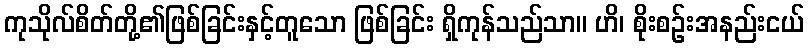
ကုသိုလ်စိတ်တို့၏ဖြစ်ခြင်းနှင့်တူသော ဖြစ်ခြင်း ရှိကုန်သည်သာ။ ဟိ၊ စိုးစဉ်းအနည်းငယ်